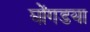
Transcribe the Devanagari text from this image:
घोंगडया